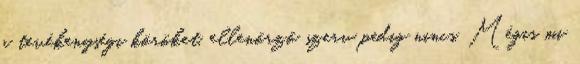
a tevékenységi köröket, ellenőrző szerv pedig nincs. Mégis mi